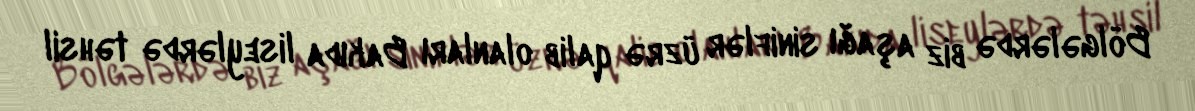
Bölgələrdə biz aşağı siniflər üzrə qalib olanları Bakıda liseylərdə təhsil